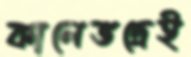
কালেভদ্রেই